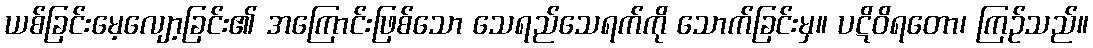
ယစ်ခြင်းမေ့လျော့ခြင်း၏ အကြောင်းဖြစ်သော သေရည်သေရက်ကို သောက်ခြင်းမှ။ ပဋိဝိရတော၊ ကြဉ်သည်။